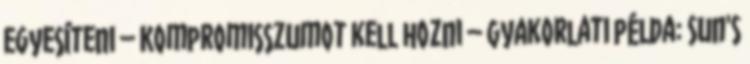
egyesíteni – Kompromisszumot kell hozni – Gyakorlati példa: Sun's